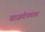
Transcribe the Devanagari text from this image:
खाजगीपणावर